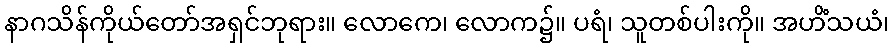
နာဂသိန်ကိုယ်တော်အရှင်ဘုရား။ လောကေ၊ လောက၌။ ပရံ၊ သူတစ်ပါးကို။ အဟိံသယံ၊